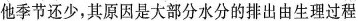
他季节还少，其原因是大部分水分的排出由生理过程